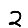
Digit: 2